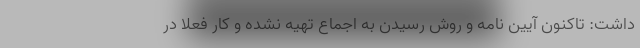
داشت: تاکنون آیین نامه و روش رسیدن به اجماع تهیه نشده و کار فعلا در